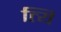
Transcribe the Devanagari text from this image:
त्यि